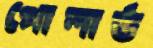
পোলার্ড